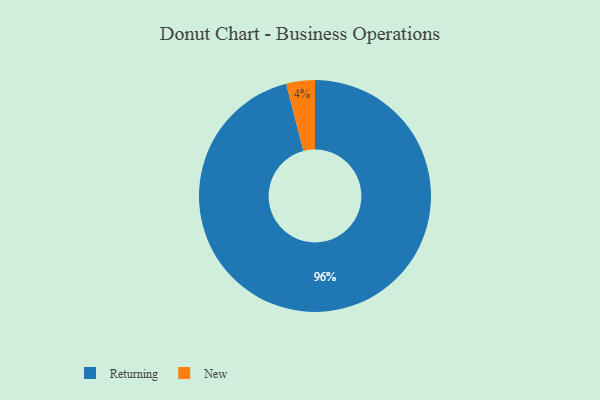
{"axis": {"x": "Category", "y": "Percentage"}, "legend": ["New", "Returning"], "data": [{"x": "New", "y": 4, "type": "New"}, {"x": "Returning", "y": 96, "type": "Returning"}]}